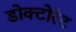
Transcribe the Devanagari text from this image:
डोक्टोरेट